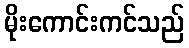
မိုးကောင်းကင်သည်